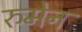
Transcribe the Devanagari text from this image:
रुमेन